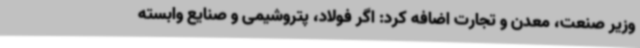
وزیر صنعت، معدن و تجارت اضافه کرد: اگر فولاد، پتروشیمی و صنایع وابسته